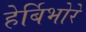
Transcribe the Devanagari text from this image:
हेर्बिभोरे